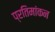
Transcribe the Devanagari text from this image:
प्रतिमांकन